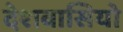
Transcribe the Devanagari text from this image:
देशवासियो